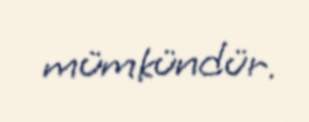
mümkündür.